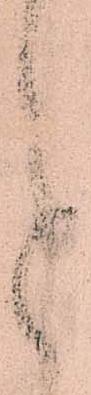
進